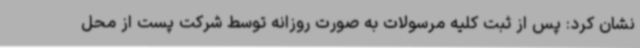
نشان کرد: پس از ثبت کلیه مرسولات به صورت روزانه توسط شرکت پست از محل